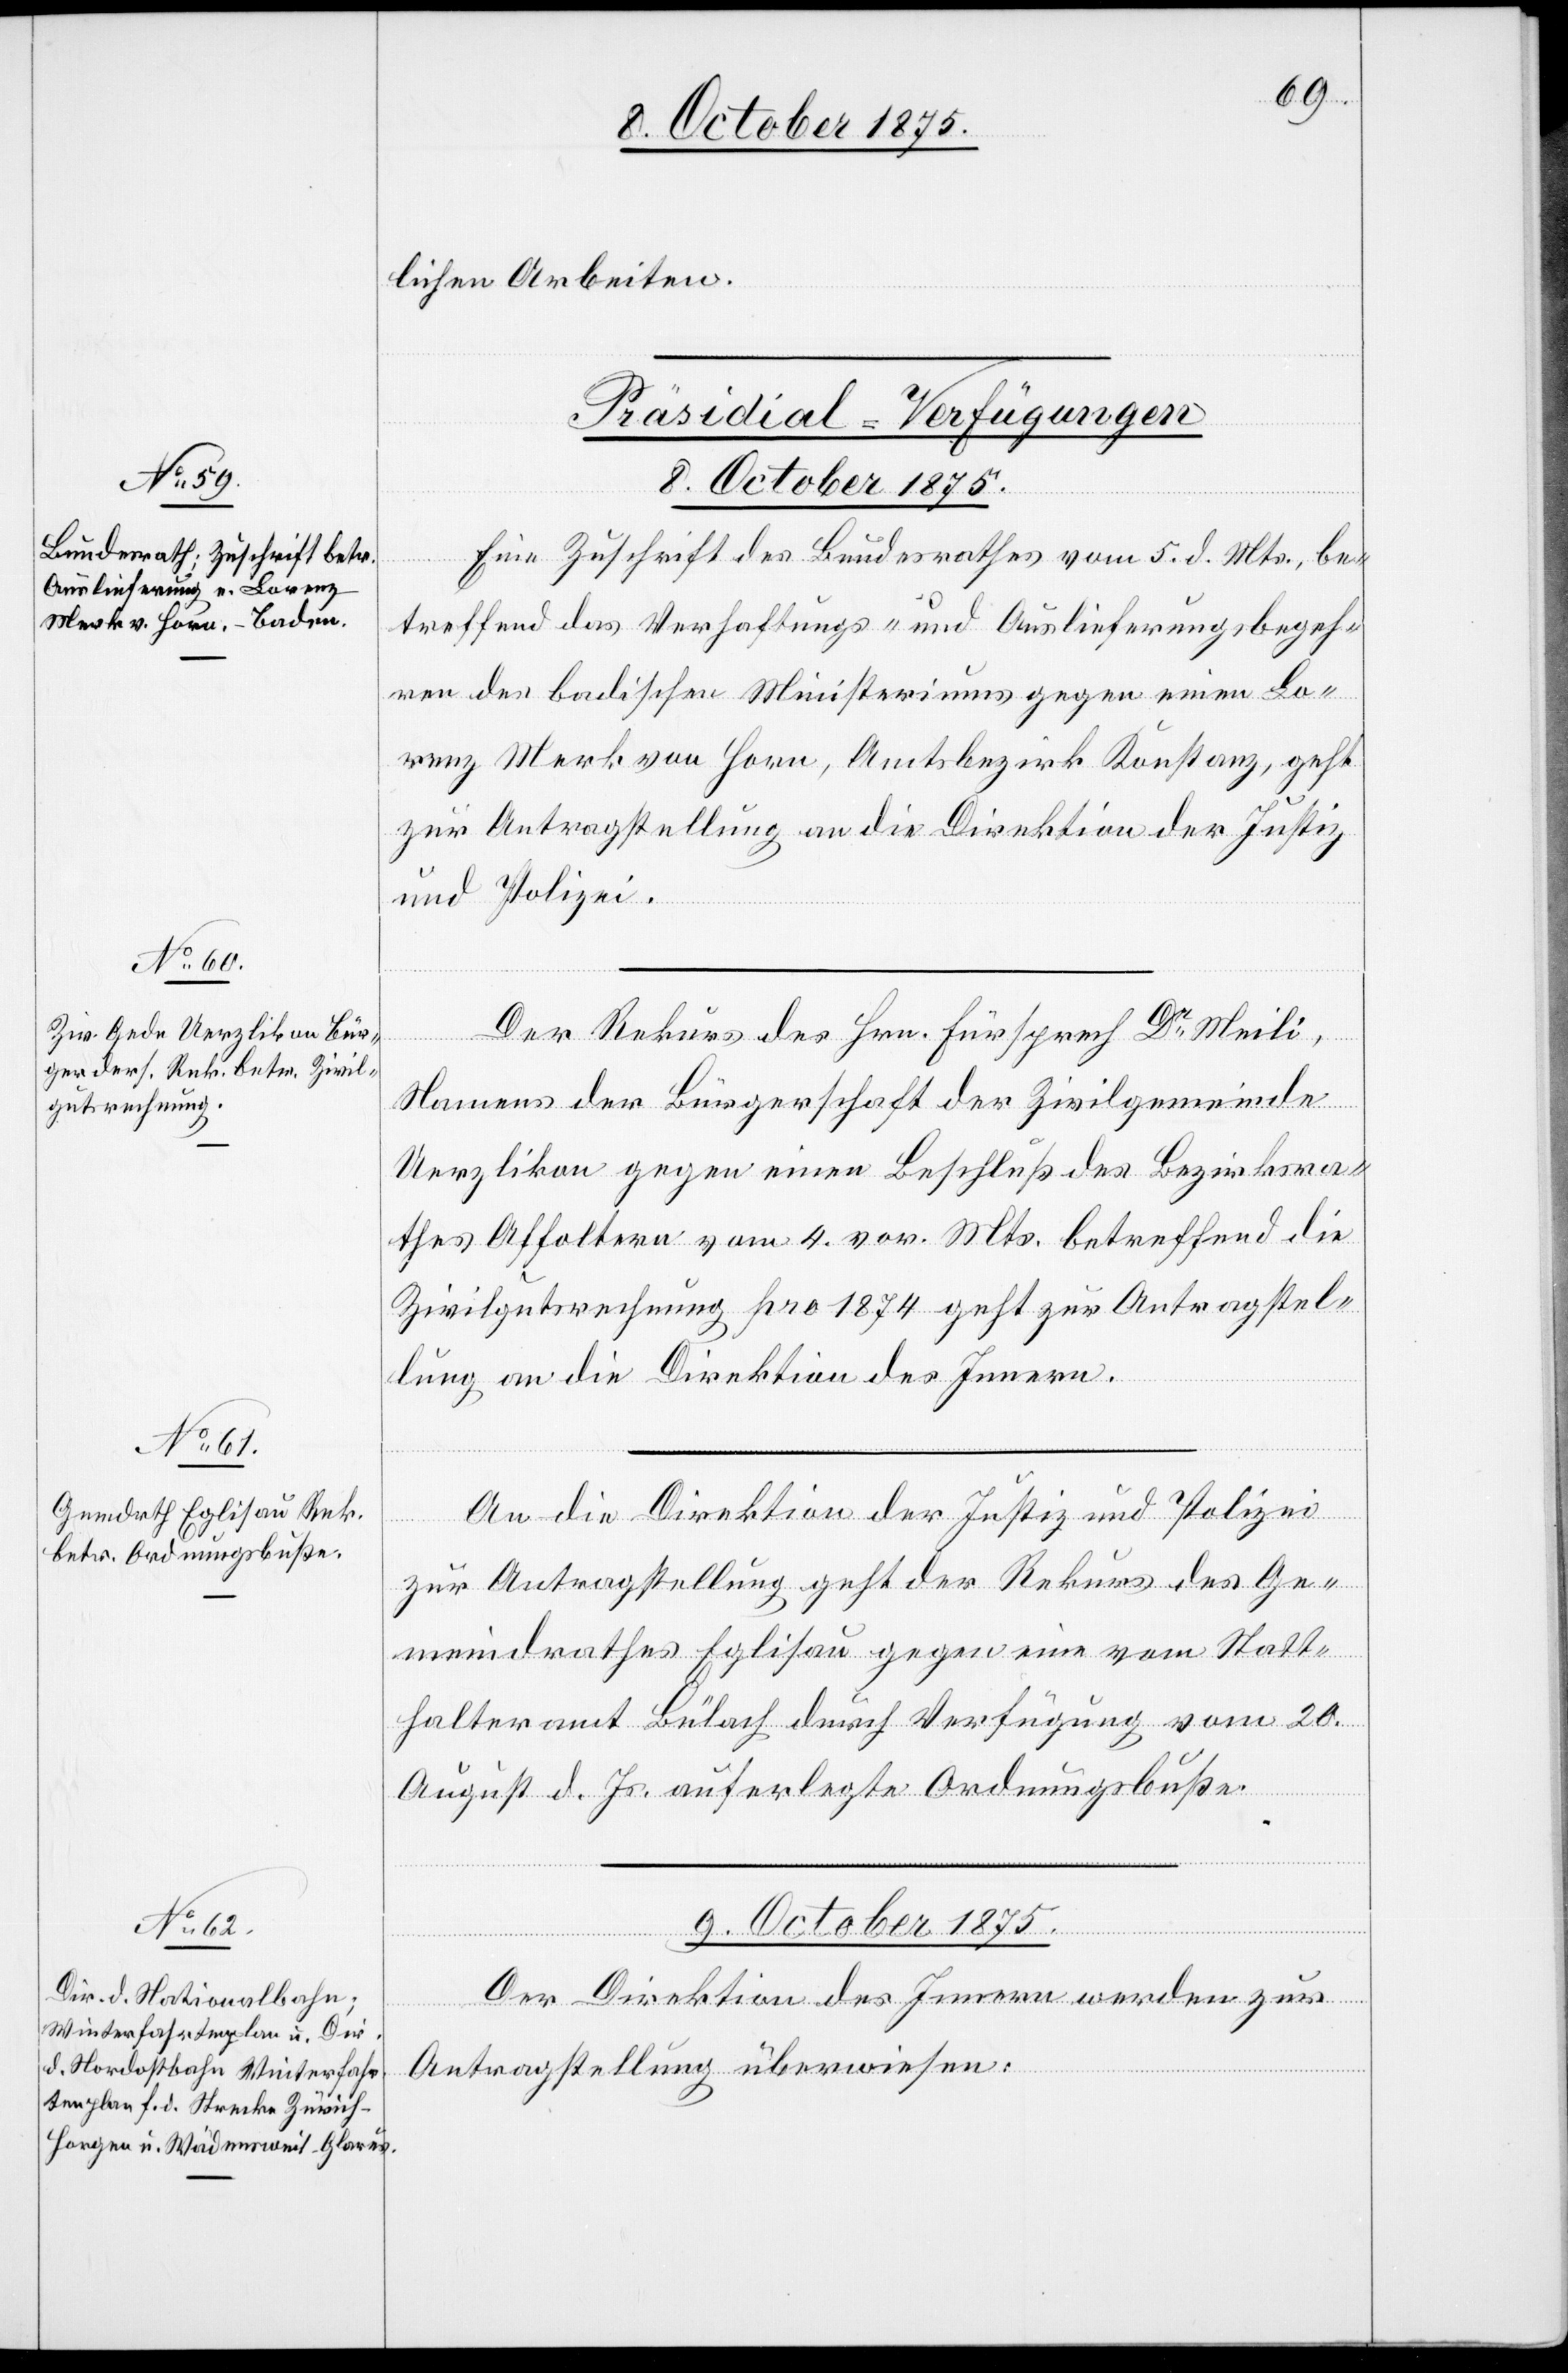
lichen Arbeiten.
[Präsidial-Verfügungen.]
8. October 1875.]
Eine Zuschrift des Bundesrathes vom 5. d. Mts. be¬
treffend das Verhaftungs- und Auslieferungsbegeh¬
ren des badischen Ministeriums gegen einen Lo¬
renz Merk von Horn, Amtsbezirk Konstanz, geht
zur Antragstellung an die Direktion der Justiz
und Polizei.
Der Rekurs des Hrn. Fürsprech Dr Meili,
Namens der Bürgerschaft der Zivilgemeinde
Uerzlikon gegen einen Beschluß des Bezirksra¬
thes Affoltern vom 4. vor. Mts. betreffend die
Zivilgutsrechnung pro 1874 geht zur Antragstel¬
lung an die Direktion des Innern.
An die Direktion der Justiz und Polizei
zur Antragstellung geht der Rekurs des Ge¬
meindrathes Eglisau gegen eine vom Statt¬
halteramt Bülach durch Verfügung vom 20.
August d. Js. auferlegte Ordnungsbuße.
9. October 1875.
Der Direktion des Innern werden zur
Antragstellung überwiesen: